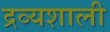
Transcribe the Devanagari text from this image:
द्रव्यशाली